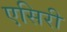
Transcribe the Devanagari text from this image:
एसिरी